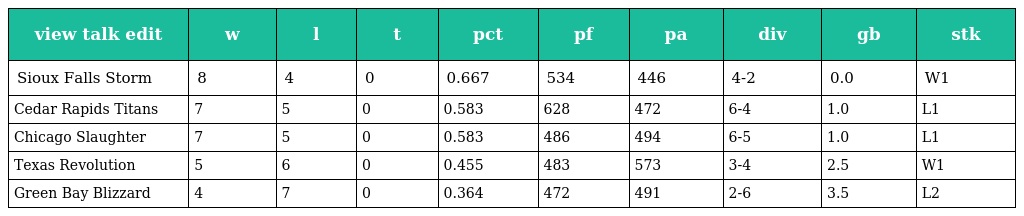
| view talk edit | w | l | t | pct | pf | pa | div | gb | stk |
 | --- | --- | --- | --- | --- | --- | --- | --- | --- | --- |
 | Sioux Falls Storm | 8 | 4 | 0 | 0.667 | 534 | 446 | 4-2 | 0.0 | W1 |
 | Cedar Rapids Titans | 7 | 5 | 0 | 0.583 | 628 | 472 | 6-4 | 1.0 | L1 |
 | Chicago Slaughter | 7 | 5 | 0 | 0.583 | 486 | 494 | 6-5 | 1.0 | L1 |
 | Texas Revolution | 5 | 6 | 0 | 0.455 | 483 | 573 | 3-4 | 2.5 | W1 |
 | Green Bay Blizzard | 4 | 7 | 0 | 0.364 | 472 | 491 | 2-6 | 3.5 | L2 |